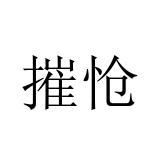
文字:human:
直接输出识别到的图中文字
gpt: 摧怆